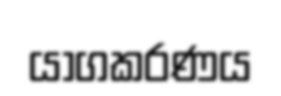
යාගකරණය